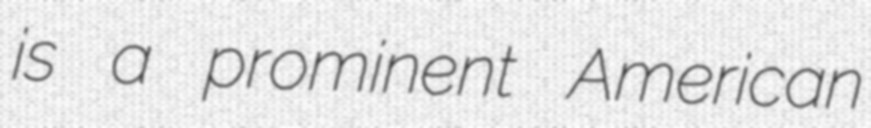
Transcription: is a prominent American